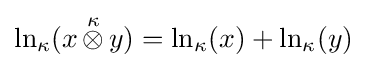
\ln _{\kappa }(x\,{\stackrel {\kappa }{\otimes }}\,y)=\ln _{\kappa }(x)+\ln _{\kappa }(y)